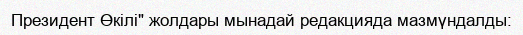
Президент Өкілі" жолдары мынадай редакцияда мазмүндалды: